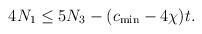
LaTeX: \begin{align*}4 N_{1}\leq 5 N_{3}-(c_{\rm min}-4\chi ) t.\end{align*}